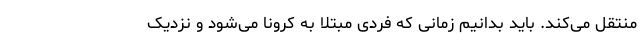
منتقل می‌کند. باید بدانیم زمانی که فردی مبتلا به کرونا می‌شود و نزدیک